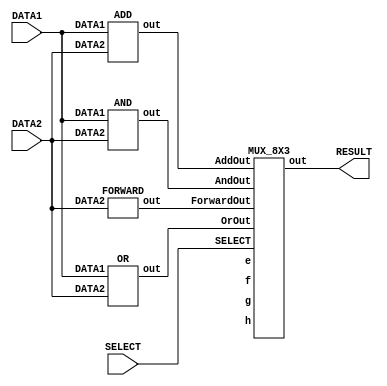
// ALU MODULE
module alu(DATA1, DATA2, RESULT, SELECT);

    input signed [7:0] DATA1, DATA2;                     // Two inputs of 8 bit length
    input signed [2:0] SELECT;                           // An input of 3 bit length
    output signed [7:0] RESULT;                          // The output of 8 bit length

    wire signed [7:0] ForwardOut,AddOut,AndOut,OrOut,e,f,g,h;                   // Eight 8-bit wires to store the outputs of the modules
    wire signed [7:0] out;                                                      // A wire output to hold the output of the MUX

    // Instantiate the functional unit modules
    // These modules are run whenever any one of the parameters in the module sensitivity list changes.

    FORWARD F1 (DATA2, ForwardOut);                             // #1 delay
    ADD A1 (DATA1, DATA2, AddOut);                              // #2 delay
    AND A2 (DATA1, DATA2, AndOut);                              // #1 delay
    OR O1 (DATA1, DATA2, OrOut);                                // #1 delay

    // Instantiate the MUX to choose the right output
    // The MUX module is triggered when any one of the parameters in the module list is changed
    MUX_8X3 M1 (ForwardOut,AddOut,AndOut,OrOut,e,f,g,h,SELECT, out);

    // Assign the selected output to RESULT according to "SELECT"
    assign RESULT = out;

endmodule

// FORWARD module
module FORWARD(DATA2, out);

    input signed [7:0] DATA2;                          // 8-bit input
    output signed [7:0] out;                           // 8-bit output

    assign #1 out = DATA2;                      // Assign DATA2 to the output with a 1 unit delay

endmodule

// ADD module
module ADD(DATA1, DATA2, out);

    input signed [7:0] DATA1, DATA2;                   // Two 8-bit inputs
    output signed [7:0] out;                           // 8-bit output
    wire signed [7:0] carry;                           // A wire to store the carry-out of the sum

    assign #2 {carry, out} = DATA1 + DATA2;        // Perform addition and assign the carry-out and sum accordingly with a 2 unit delay

endmodule

// AND module
module AND(DATA1, DATA2, out);

    input signed [7:0] DATA1, DATA2;                   // Two 8-bit inputs
    output signed [7:0] out;                           // 8-bit output

    // Perform the AND operation on every bit of the two inputs
    assign #1 out = DATA1 & DATA2;

endmodule

// OR module
module OR(DATA1, DATA2, out);

    input signed [7:0] DATA1, DATA2;                   // Two 8-bit inputs
    output signed [7:0] out;                           // 8-bit output

    // Perform the OR operation on every bit of the two inputs
    assign #1 out = DATA1 | DATA2;


endmodule

// MUX module (8x3 MUX)
module MUX_8X3(ForwardOut,AddOut,AndOut,OrOut,e,f,g,h, SELECT, out);

    input signed [7:0] ForwardOut,AddOut,AndOut,OrOut,e,f,g,h;                 // Eight 8-bit inputs to the MUX
    input signed[2:0] SELECT;                                                 // 3-bit select input
    output reg signed [7:0] out;                                               // 8-bit output of the mux (connected to the result port of the ALU)

    // An always block for the switch case
    always @(ForwardOut,AddOut,AndOut,OrOut,e,f,g,h,SELECT)
    begin
        // The case structure
        case(SELECT)
            3'b000: out = ForwardOut;               // Forward result
            3'b001: out = AddOut;                   // ADD result
            3'b010: out = AndOut;                   // AND result
            3'b011: out = OrOut;                    // OR result
            // Reserved for future operations
            3'b100: out = e;
            3'b101: out = f;
            3'b110: out = g;
            3'b111: out = h;
            default: out = 8'bxxxxxxxx;
        endcase
    end

endmodule